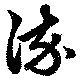
染